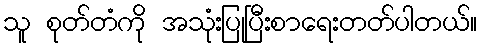
သူ စုတ်တံကို အသုံးပြုပြီးစာရေးတတ်ပါတယ်။